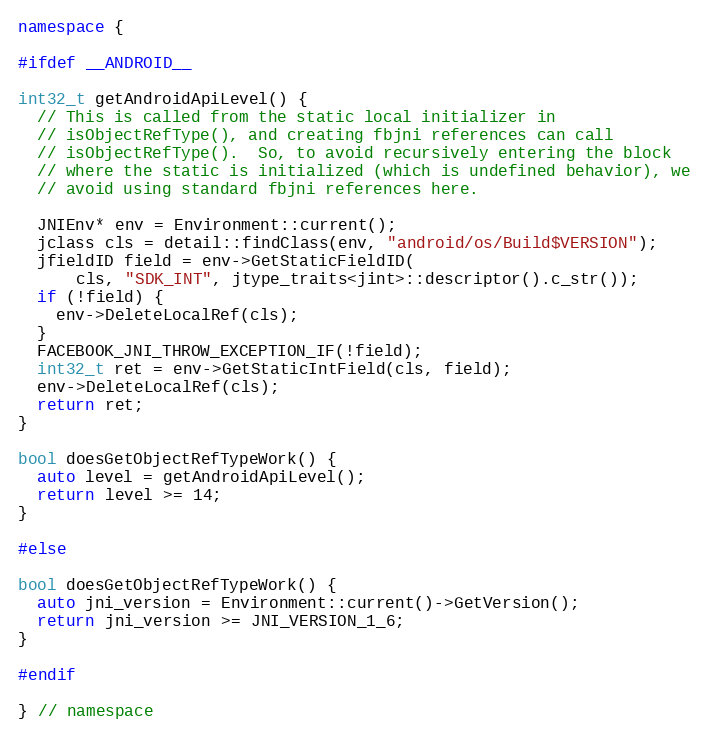
Language: C++
namespace {

#ifdef __ANDROID__

int32_t getAndroidApiLevel() {
  // This is called from the static local initializer in
  // isObjectRefType(), and creating fbjni references can call
  // isObjectRefType().  So, to avoid recursively entering the block
  // where the static is initialized (which is undefined behavior), we
  // avoid using standard fbjni references here.

  JNIEnv* env = Environment::current();
  jclass cls = detail::findClass(env, "android/os/Build$VERSION");
  jfieldID field = env->GetStaticFieldID(
      cls, "SDK_INT", jtype_traits<jint>::descriptor().c_str());
  if (!field) {
    env->DeleteLocalRef(cls);
  }
  FACEBOOK_JNI_THROW_EXCEPTION_IF(!field);
  int32_t ret = env->GetStaticIntField(cls, field);
  env->DeleteLocalRef(cls);
  return ret;
}

bool doesGetObjectRefTypeWork() {
  auto level = getAndroidApiLevel();
  return level >= 14;
}

#else

bool doesGetObjectRefTypeWork() {
  auto jni_version = Environment::current()->GetVersion();
  return jni_version >= JNI_VERSION_1_6;
}

#endif

} // namespace